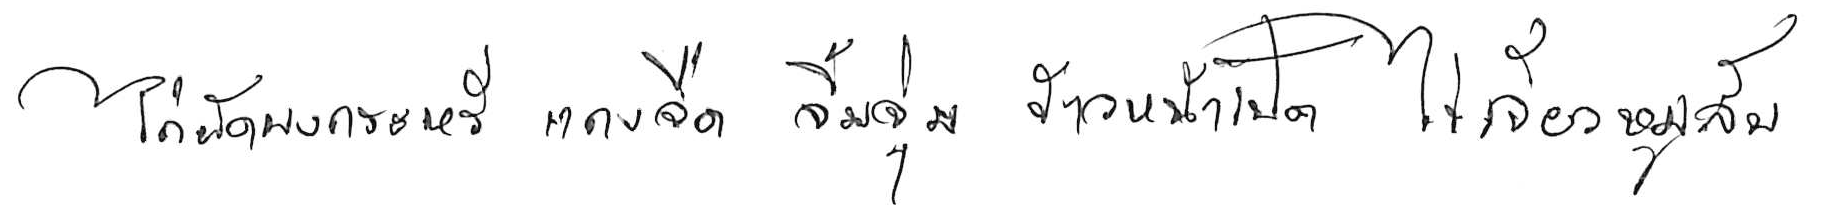
ไก่ผัดผงกะหรี่ แกงจืด จิ้มจุ่ม ข้าวหน้าเป็ด ไข่เจียวหมูสับ